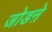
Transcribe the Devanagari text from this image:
जोडऩे